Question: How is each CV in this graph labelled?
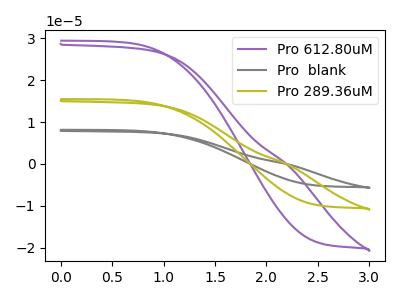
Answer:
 <answer>The purple curve is labeled "Pro 612.80uM". The gray curve is labeled "Pro  blank". The olive curve is labeled "Pro 289.36uM".</answer>
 <eval></eval>